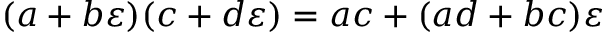
( a + b \varepsilon ) ( c + d \varepsilon ) = a c + ( a d + b c ) \varepsilon